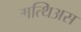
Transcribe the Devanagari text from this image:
मत्थिअस